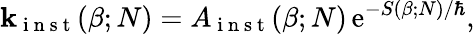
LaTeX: \mathbf{k}_{\mathrm{{~i~n~s~t~}}}(\beta;N)=A_{\mathrm{{~i~n~s~t~}}}(\beta;N)\, \mathrm{{e}}^{-S(\beta;N)/\mathrm{{\hbar}}},